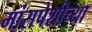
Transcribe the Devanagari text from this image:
मांसपेशीच्या